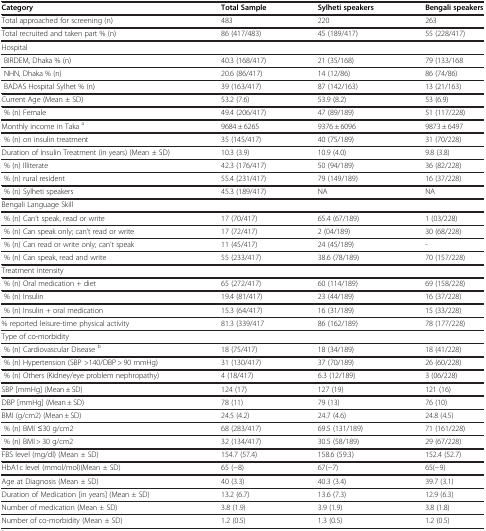
<table><thead><tr><td><b>Category</b></td><td><b>Total Sample</b></td><td><b>Sylheti speakers</b></td><td><b>Bengali speakers</b></td></tr></thead><tbody><tr><td>Total approached for screening (n)</td><td>483</td><td>220</td><td>263</td></tr><tr><td>Total recruited and taken part % (n)</td><td>86 (417/483)</td><td>45 (189/417)</td><td>55 (228/417)</td></tr><tr><td>Hospital</td><td> </td><td> </td><td> </td></tr><tr><td> BIRDEM, Dhaka % (n)</td><td>40.3 (168/417)</td><td>21 (35/168)</td><td>79 (133/168</td></tr><tr><td> NHN, Dhaka % (n)</td><td>20.6 (86/417)</td><td>14 (12/86)</td><td>86 (74/86)</td></tr><tr><td> BADAS Hospital Sylhet % (n)</td><td>39 (163/417)</td><td>87 (142/163)</td><td>13 (21/163)</td></tr><tr><td>Current Age (Mean ± SD)</td><td>53.2 (7.6)</td><td>53.9 (8.2)</td><td>53 (6.9)</td></tr><tr><td> % (n) Female</td><td>49.4 (206/417)</td><td>47 (89/189)</td><td>51 (117/228)</td></tr><tr><td>Monthly income in Taka <sup>a</sup></td><td>9684 ± 6265</td><td>9376 ± 6096</td><td>9873 ± 6497</td></tr><tr><td> % (n) on insulin treatment</td><td>35 (145/417)</td><td>40 (75/189)</td><td>31 (70/228)</td></tr><tr><td>Duration of Insulin Treatment (in years) (Mean ± SD)</td><td>10.3 (3.9)</td><td>10.9 (4.0)</td><td>9.8 (3.8)</td></tr><tr><td> % (n) Illiterate</td><td>42.3 (176/417)</td><td>50 (94/189)</td><td>36 (82/228)</td></tr><tr><td> % (n) rural resident</td><td>55.4 (231/417)</td><td>79 (149/189)</td><td>16 (37/228)</td></tr><tr><td> % (n) Sylheti speakers</td><td>45.3 (189/417)</td><td>NA</td><td>NA</td></tr><tr><td>Bengali Language Skill</td><td> </td><td> </td><td> </td></tr><tr><td> % (n) Can’t speak, read or write</td><td>17 (70/417)</td><td>65.4 (67/189)</td><td>1 (03/228)</td></tr><tr><td> % (n) Can speak only; can’t read or write</td><td>17 (72/417)</td><td>2 (04/189)</td><td>30 (68/228)</td></tr><tr><td> % (n) Can read or write only; can’t speak</td><td>11 (45/417)</td><td>24 (45/189)</td><td>-</td></tr><tr><td> % (n) Can speak, read and write</td><td>55 (233/417)</td><td>38.6 (78/189)</td><td>70 (157/228)</td></tr><tr><td>Treatment intensity</td><td> </td><td> </td><td> </td></tr><tr><td> % (n) Oral medication + diet</td><td>65 (272/417)</td><td>60 (114/189)</td><td>69 (158/228)</td></tr><tr><td> % (n) Insulin</td><td>19.4 (81/417)</td><td>23 (44/189)</td><td>16 (37/228)</td></tr><tr><td> % (n) Insulin + oral medication</td><td>15.3 (64/417)</td><td>16 (31/189)</td><td>15 (33/228)</td></tr><tr><td>% reported leisure-time physical activity</td><td>81.3 (339/417</td><td>86 (162/189)</td><td>78 (177/228)</td></tr><tr><td>Type of co-morbidity</td><td> </td><td> </td><td> </td></tr><tr><td> % (n) Cardiovascular Disease <sup>b</sup></td><td>18 (75/417)</td><td>18 (34/189)</td><td>18 (41/228)</td></tr><tr><td> % (n) Hypertension (SBP &gt;140/DBP &gt; 90 mmHg)</td><td>31 (130/417)</td><td>37 (70/189)</td><td>26 (60/228)</td></tr><tr><td> % (n) Others (Kidney/eye problem nephropathy)</td><td>4 (18/417)</td><td>6.3 (12/189)</td><td>3 (06/228)</td></tr><tr><td>SBP [mmHg] (Mean <i>±</i> SD)</td><td>124 (17)</td><td>127 (19)</td><td>121 (16)</td></tr><tr><td>DBP [mmHg] (Mean <i>±</i> SD)</td><td>78 (11)</td><td>79 (13)</td><td>76 (10)</td></tr><tr><td>BMI (g/cm2) (Mean <i>±</i> SD)</td><td>24.5 (4.2)</td><td>24.7 (4.6)</td><td>24.8 (4.5)</td></tr><tr><td> % (n) BMI ≤30 g/cm2</td><td>68 (283/417)</td><td>69.5 (131/189)</td><td>71 (161/228)</td></tr><tr><td> % (n) BMI &gt; 30 g/cm2</td><td>32 (134/417)</td><td>30.5 (58/189)</td><td>29 (67/228)</td></tr><tr><td>FBS level (mg/dl) (Mean <i>±</i> SD)</td><td>154.7 (57.4)</td><td>158.6 (59.3)</td><td>152.4 (52.7)</td></tr><tr><td>HbA1c level (mmol/mol)(Mean <i>±</i> SD)</td><td>65 (−8)</td><td>67(−7)</td><td>65(−9)</td></tr><tr><td>Age at Diagnosis (Mean <i>±</i> SD)</td><td>40 (3.3)</td><td>40.3 (3.4)</td><td>39.7 (3.1)</td></tr><tr><td>Duration of Medication [in years] (Mean ± SD)</td><td>13.2 (6.7)</td><td>13.6 (7.3)</td><td>12.9 (6.3)</td></tr><tr><td>Number of medication (Mean <i>±</i> SD)</td><td>3.8 (1.9)</td><td>3.9 (1.9)</td><td>3.8 (1.8)</td></tr><tr><td>Number of co-morbidity (Mean <i>±</i> SD)</td><td>1.2 (0.5)</td><td>1.3 (0.5)</td><td>1.2 (0.5)</td></tr></tbody></table>